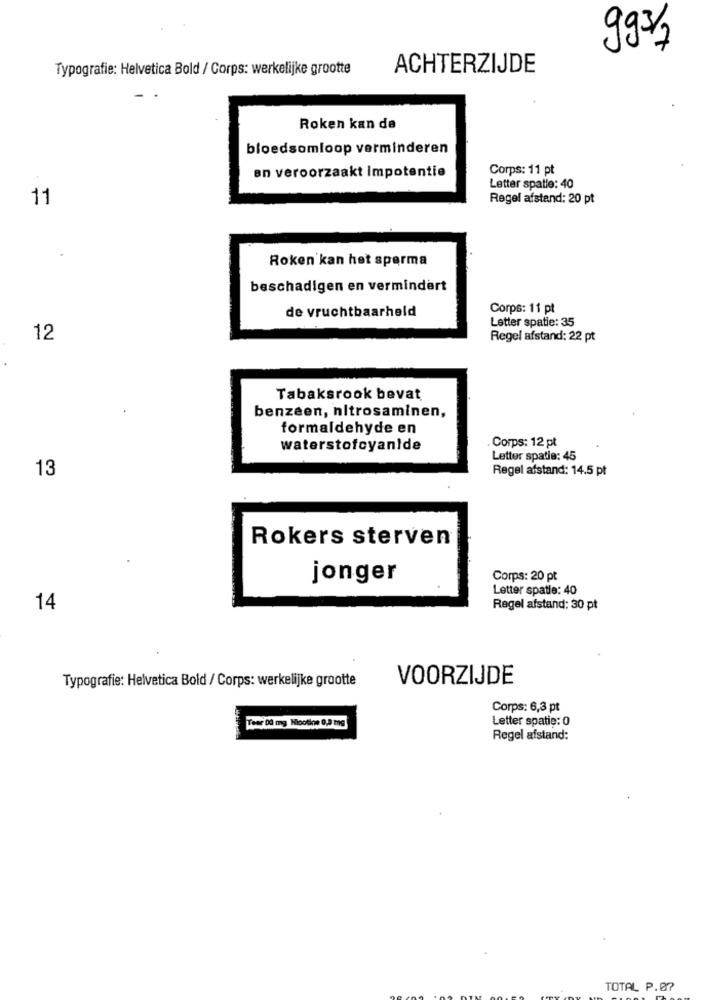
993/7
Typografie: Helvetica Bold / Corps: werkelijke grootte
ACHTERZIJDE
Roken kan de
bloedsomloop verminderen
Corps: 11 pt
en veroorzaakt Impotentie
Letter spatle: 40
11
Regel afstand: 20 pt
Roken kan het sperma
beschadigen en vermindert
de vruchtbaarheid
Corps: 11 pt
Letter spatie: 35
12
Regel afstand: 22 pt
Tabaksrook bevat
benzeen, nitrosaminen,
formaldehyde en
waterstofcyanide
Corps: 12 pt
Letter spatie: 45
13
Regel afstand: 14.5 pt
Rokers sterven
jonger
Corps: 20 pt
Letter spatle: 40
14
Regel afstand: 30 pt
Typografie: Helvetica Bold / Corps: werkelijke grootte
VOORZIJDE
Corps: 6,3 pt
Teer 00 mg Nicotine 0,0 mg
Letter spatie: 0
Regel afstand:
TOTAL P.07